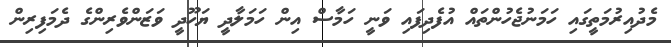
މެދުއިރުމަތީގައި ހަމަނުޖެހުންތައް އުފެދިފައި ވަނީ ހަމާސް އިން ހަމަލާދީ ޔަހޫދީ ވަޒަންވެރިންގެ ދެމަފިރިން